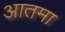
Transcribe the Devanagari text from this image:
आतमा